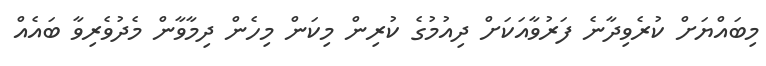
މިބައްޔަށް ކުރެވިދާނެ ފަރުވާއަކަަށް ދިއުމުގެ ކުރިން މިކަން މިހެން ދިމާވާން މެދުވެރިވާ ބައެއް